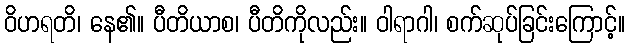
ဝိဟရတိ၊ နေ၏။ ပီတိယာစ၊ ပီတိကိုလည်း။ ဝါရာဂါ၊ စက်ဆုပ်ခြင်းကြောင့်။